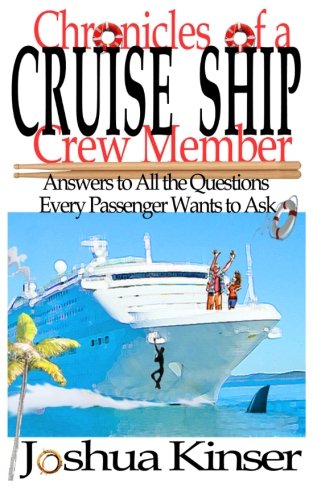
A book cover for Chronicles of a Cruise Ship Crew Member: Answers to All the Questions Every Passenger Wants to Ask (3rd Edition); Joshua Kinser; Travel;